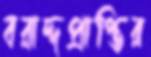
বরাদ্দপ্রাপ্তির